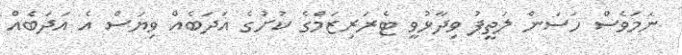
ނަމަވެސް ހަސަން ލަތީފު ވިދާޅުވީ ޓެރަރިޒަމްގެ ކުށުގެ އަދަބެއް ވިޔަސް އެ އަދަބެއް